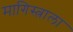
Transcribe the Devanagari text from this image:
मागिस्त्राला